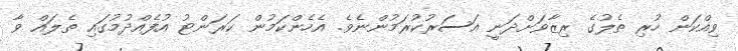
ވިއްކަން ހުރި ތެލުގެ ރިޒާވަށްދަނީ އަސަރުކުރަމުންނެވެ. އެހެންކަމުން ކަރަންޓު އުފެއްދުމުގައި ތެލައް ވާ